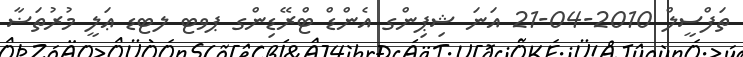
ތަފްސީލް 2010-04-21 އަނަ ޝިޕިންގ އެންޑް ޓްރޭޑިންގ ޕވޓ ލޓޑ ޢަލީ މުރުތަޟާ